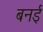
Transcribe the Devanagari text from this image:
बनई